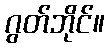
ဂွတ်ဘိုင်။